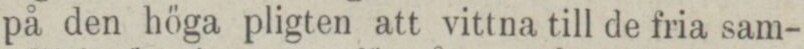
på den höga pligten att vittna till de fria sam-